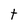
Character: t